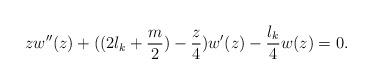
LaTeX: \begin{align*}zw''(z) + ((2l_k + \frac{m}{2}) - \frac{z}{4})w'(z) - \frac{l_k}{4} w(z) = 0.\end{align*}